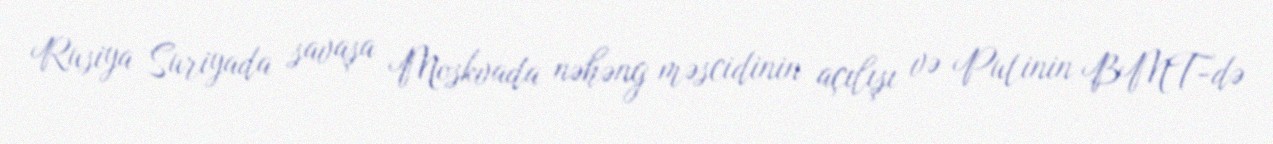
Rusiya Suriyada savaşa Moskvada nəhəng məscidinin açılışı və Putinin BMT-də